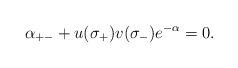
\begin{align*}\alpha_{+-}+u(\sigma_+) v(\sigma_-) e^{-\alpha}=0.\end{align*}